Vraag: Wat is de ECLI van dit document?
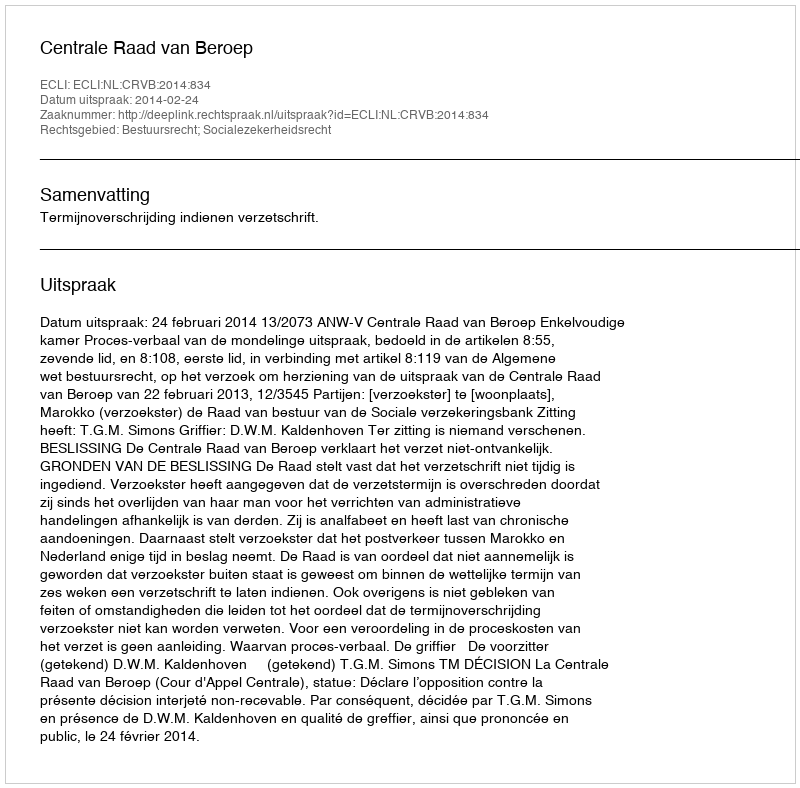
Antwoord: ECLI:NL:CRVB:2014:834